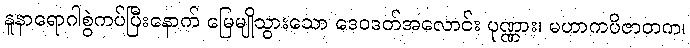
နူနာရောဂါစွဲကပ်ပြီးနောက် မြေမျိုသွားသော ဒေဝဒတ်အလောင်း ပုဏ္ဏား၊ မဟာကပိဇာတက၊